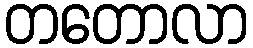
တတောလာ